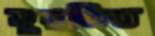
সুরভিত